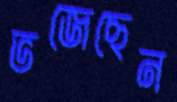
ভজেছেন